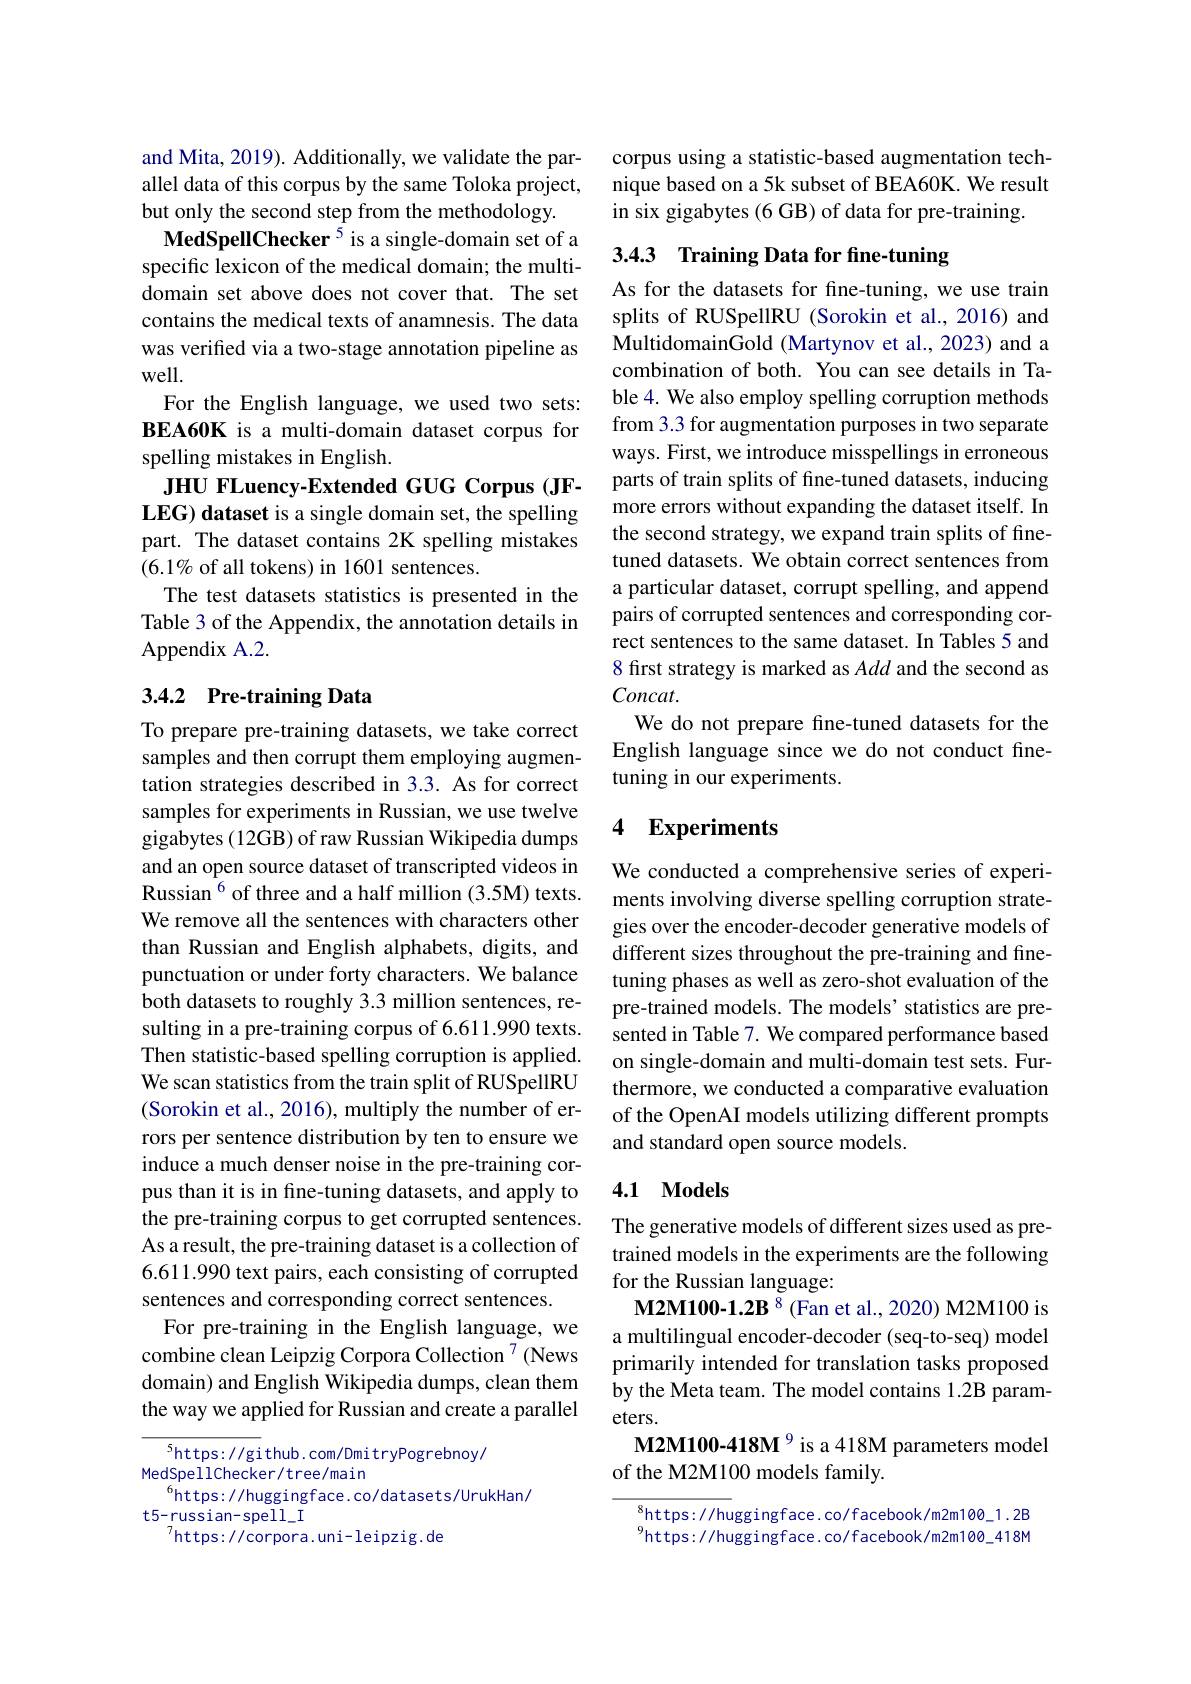
and Mita, 2019). Additionally, we validate the parallel data of this corpus by the same Toloka project, but only the second step from the methodology.
MedSpellChecker $^{5}$ is a single-domain set of a specific lexicon of the medical domain; the multidomain set above does not cover that. The set contains the medical texts of anamnesis. The data was verified via a two-stage annotation pipeline as well.
For the English language, we used two sets: BEA60K is a multi-domain dataset corpus for spelling mistakes in English.
JHU FLuency-Extended GUG Corpus (JFLEG) dataset is a single domain set, the spelling part. The dataset contains 2K spelling mistakes $(6.1\%$ of all tokens) in 1601 sentences.
The test datasets statistics is presented in the Table 3 of the Appendix, the annotation details in Appendix A.2.

## 3.4.2 Pre-training Data

To prepare pre-training datasets, we take correct samples and then corrupt them employing augmentation strategies described in 3.3. As for correct samples for experiments in Russian, we use twelve gigabytes (12GB) of raw Russian Wikipedia dumps and an open source dataset of transcripted videos in Russian$^{6}$of three and a half million (3.5M) texts. We remove all the sentences with characters other than Russian and English alphabets, digits, and punctuation or under forty characters. We balance both datasets to roughly 3.3 million sentences, resulting in a pre-training corpus of 6.611.990 texts. Then statistic-based spelling corruption is applied. We scan statistics from the train split of RUSpellRU (Sorokin et al., 2016), multiply the number of errors per sentence distribution by ten to ensure we induce a much denser noise in the pre-training corpus than it is in fine-tuning datasets, and apply to the pre-training corpus to get corrupted sentences. As a result, the pre-training dataset is a collection of 6.611.990 text pairs, each consisting of corrupted sentences and corresponding correct sentences.
For pre-training in the English language, we combine clean Leipzig Corpora Collection $^{7}$ (News domain) and English Wikipedia dumps, clean them the way we applied for Russian and create a parallel

$^5$https: / / gi thub. com/ Dmi tryPogrebnoy/
MedSpellChecker/tree/main
$^{6}$https://huggingface.co/datasets/UrukHan/
t5- russian- spel$l_{- }$I
$^{7}$https://corpora.uni-leipzig.de

corpus using a statistic-based augmentation technique based on a 5k subset of BEA60K. We result in six gigabytes (6 GB) of data for pre-training.

# 3.4.3 Training Data for fine-tuning

As for the datasets for fine-tuning, we use train splits of RUSpellRU (Sorokin et al., 2016) and MultidomainGold (Martynov et al., 2023) and a combination of both. You can see details in Table 4. We also employ spelling corruption methods from 3.3 for augmentation purposes in two separate ways. First, we introduce misspellings in erroneous parts of train splits of fine-tuned datasets, inducing more errors without expanding the dataset itself. In the second strategy, we expand train splits of finetuned datasets. We obtain correct sentences from a particular dataset, corrupt spelling, and append pairs of corrupted sentences and corresponding correct sentences to the same dataset. In Tables 5 and 8 first strategy is marked as Add and the second as $Concat.$
We do not prepare fine-tuned datasets for the English language since we do not conduct finetuning in our experiments.

### 4 Experiments

We conducted a comprehensive series of experiments involving diverse spelling corruption strategies over the encoder-decoder generative models of different sizes throughout the pre-training and finetuning phases as well as zero-shot evaluation of the pre-trained models. The models' statistics are presented in Table 7. We compared performance based on single-domain and multi-domain test sets. Furthermore, we conducted a comparative evaluation of the OpenAI models utilizing different prompts and standard open source models.

## 4.1 Models

The generative models of different sizes used as pretrained models in the experiments are the following for the Russian language:
M2M100-1.2B $^{8}$ (Fan et al., 2020) M2M100 is a multilingual encoder-decoder (seq-to-seq) model primarily intended for translation tasks proposed by the Meta team. The model contains 1.2B parameters.
M2M100-418M $^{9}$ is a 418M parameters model
of the M2M100 models family.

$^{8}$https://huggingface.co/facebook/m2m100\_1.2B $^{9}$https://huggingface.co/facebook/m2m100\_418M